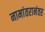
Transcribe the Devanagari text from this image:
नामांतरानंतर